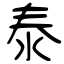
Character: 泰